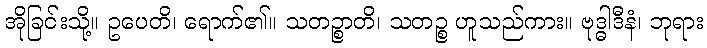
အိုခြင်းသို့။ ဥပေတိ၊ ရောက်၏။ သတဉ္စာတိ၊ သတဉ္စ ဟူသည်ကား။ ဗုဒ္ဓါဒီနံ၊ ဘုရား